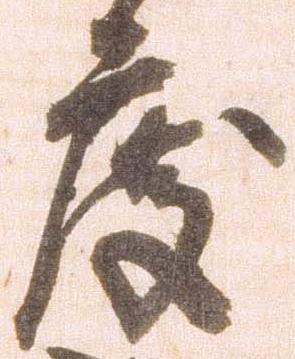
度